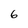
Character: 6